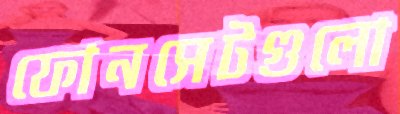
ফোনসেটগুলো